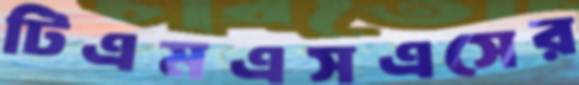
টিএমএসএসের